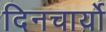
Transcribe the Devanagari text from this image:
दिनचार्यो